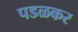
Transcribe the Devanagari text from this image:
पडळकर